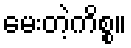
မေးတဲ့ကိစ္စ။